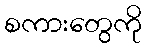
စကားတွေကို